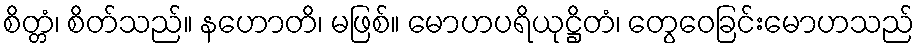
စိတ္တံ၊ စိတ်သည်။ နဟောတိ၊ မဖြစ်။ မောဟပရိယုဋ္ဌိတံ၊ တွေဝေခြင်းမောဟသည်